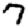
Digit: 7